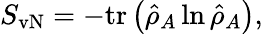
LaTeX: \begin{array}{r}{S_{\mathrm{vN}}=-\mathrm{tr}\left(\hat{\rho}_{A}\ln\hat{\rho}_{A}\right),}\end{array}